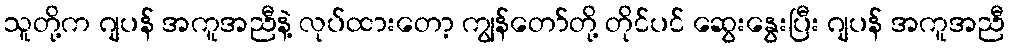
သူတို့က ဂျပန် အကူအညီနဲ့ လုပ်ထားတော့ ကျွန်တော်တို့ တိုင်ပင် ဆွေးနွေးပြီး ဂျပန် အကူအညီ